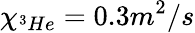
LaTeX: \chi_{^3He}=0.3m^{2}/s